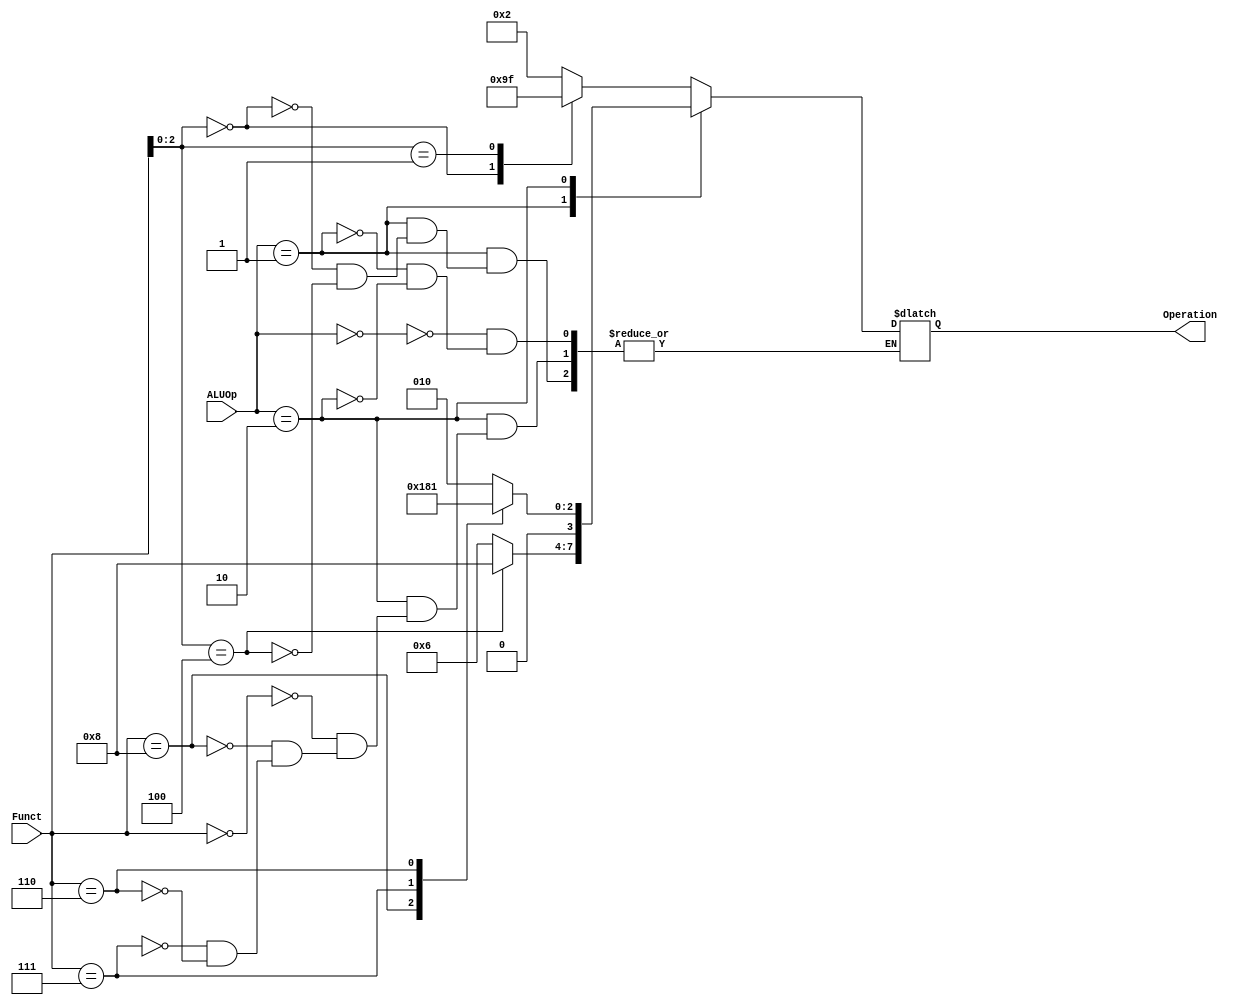
`timescale 1ns / 1ps

module ALU_Control
(
	input [1:0] ALUOp, 
	input [3:0] Funct,
	output reg [3:0] Operation
);

	always @ (*)
	begin
		case(ALUOp)
			2'b00: begin // for ld, sd, addi, slli
			case(Funct[2:0])
                3'b000: Operation = 4'b1001; // addi
                3'b001: Operation = 4'b1111; // slli
                default: Operation = 4'b0010; 
            endcase 
            end
            
			2'b01: // BRANCH
			begin
			case(Funct[2:0])
				3'b000: Operation = 4'b0110;
				3'b100: Operation = 4'b1000; // blt
			endcase end

			2'b10: // R-FORMAT
			begin 
			case(Funct)
				4'b0000: Operation = 4'b0010;
				4'b1000: Operation = 4'b0110;
				4'b0111: Operation = 4'b0000;
				4'b0110: Operation = 4'b0001;
			endcase
			end
		endcase
	end
	
endmodule